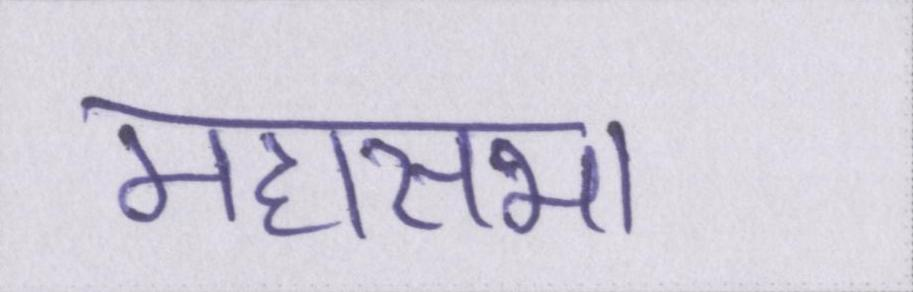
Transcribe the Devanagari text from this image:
महासभा